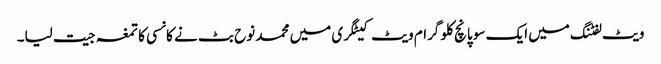
ویٹ لفٹنگ میں ایک سو پانچ کلو گرام ویٹ کیٹگری میں محمد نوح بٹ نے کانسی کا تمغہ جیت لیا۔